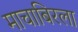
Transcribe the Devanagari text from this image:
माचाबिरला